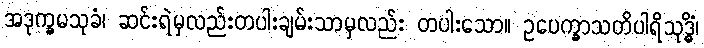
အဒုက္ခမသုခံ၊ ဆင်းရဲမှလည်းတပါးချမ်းသာမှလည်း တပါးသော။ ဥပေက္ခာသတိပါရိသုဒ္ဓိံ၊